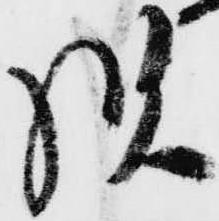
様